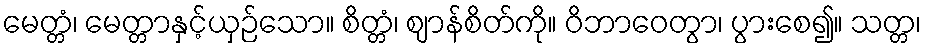
မေတ္တံ၊ မေတ္တာနှင့်ယှဉ်သော။ စိတ္တံ၊ ဈာန်စိတ်ကို။ ဝိဘာဝေတွာ၊ ပွားစေ၍။ သတ္တ၊